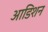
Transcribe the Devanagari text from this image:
आडिशन